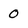
Character: 0